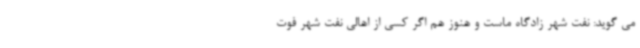
می گوید: نفت شهر زادگاه ماست و هنوز هم اگر کسی از اهالی نفت شهر فوت